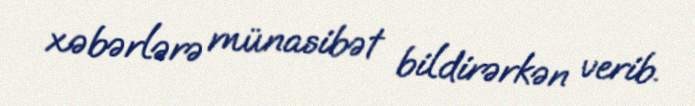
xəbərlərə münasibət bildirərkən verib.